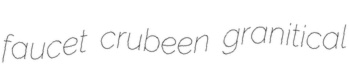
faucet crubeen granitical